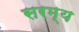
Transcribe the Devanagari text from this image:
सरम्य